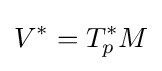
V^{*}=T_{p}^{*}M